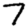
Digit: 7